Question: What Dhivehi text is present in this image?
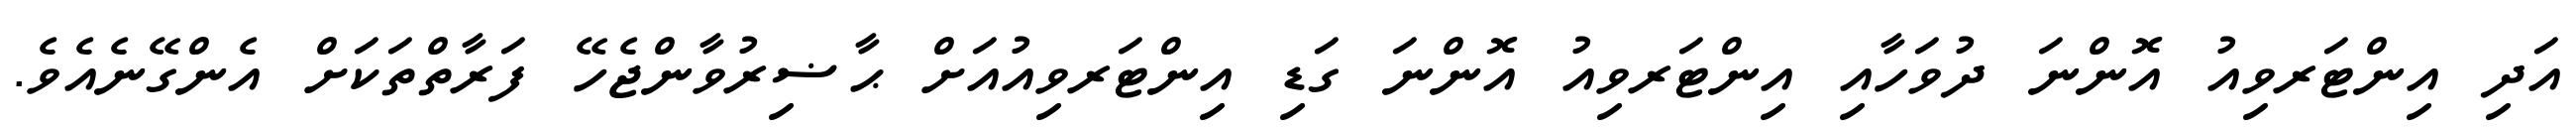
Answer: އަދި އިންޓަރވިއު އޮންނަ ދުވަހާއި އިންޓަރވިއު އޮންނަ ގަޑި އިންޓަރވިއުއަށް ޙާޟިރުވާންޖެހޭ ފަރާތްތަކަށް އެންގޭނެއެވެ.